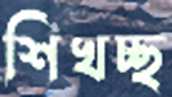
শিখচ্ছ